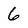
Character: 6